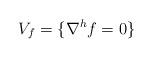
LaTeX: \begin{align*}V_f=\{\nabla^h f=0\}\end{align*}